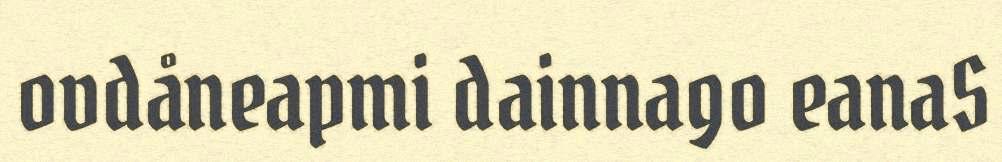
ovdåneapmi dainnago eanaS